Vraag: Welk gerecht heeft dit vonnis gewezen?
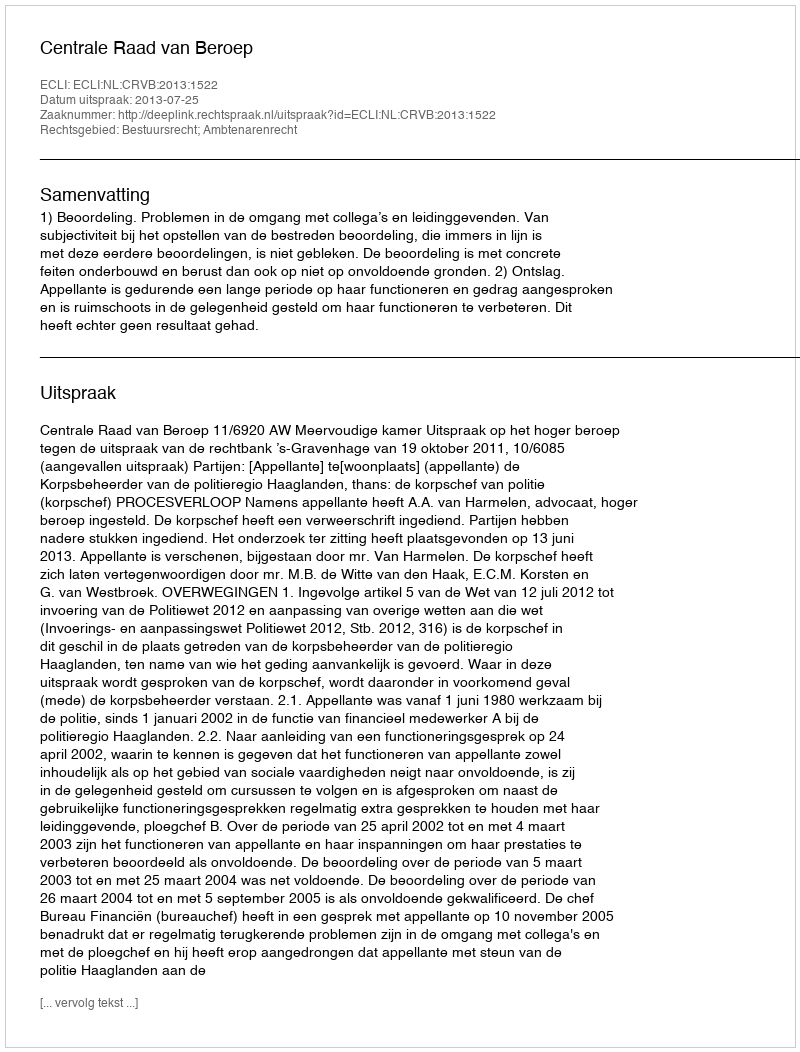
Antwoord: Centrale Raad van Beroep